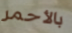
بالأحمر